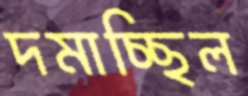
দমাচ্ছিল